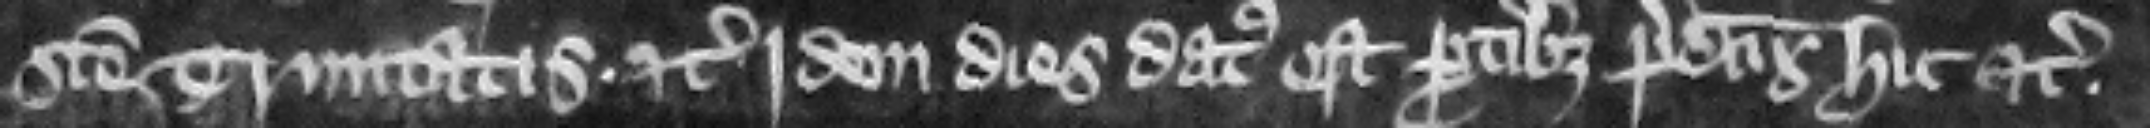
Sancte Trinitatis etc. Idem dies datus est partibus predictis hic etc.